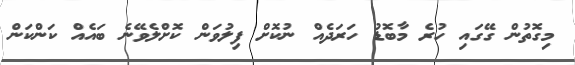
މިގޮތުން ގޭގައި ހުރެ މާބޮޑު ހަރަދެއް ނުކޮށް ފިލުވަން ކޮށްލެވޭނެ ބައެއް ކަންކަން